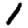
Digit: 1